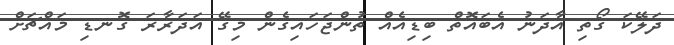
ދަލޭކަ ގޯތި އާދަނު އެބައޮތް ބިޑިއެއް ތުންޖަހައިގެން މިގޭ އަދަރާރަ ގޮނޑި މައްޗަށް